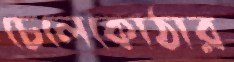
চেলেকোঠার